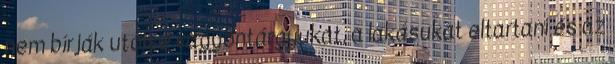
nem bírják utolsó vagyontárgyukat, a lakásukat eltartani és az